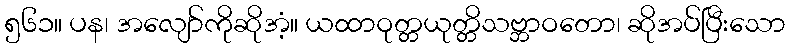
၅၆၁။ ပန၊ အလျော်ကိုဆိုအံ့။ ယထာဝုတ္တယုတ္တိသဗ္ဘာဝတော၊ ဆိုအပ်ပြီးသော